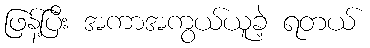
ဖြန့်ပြီး အကာအကွယ်ယူခဲ့ ရတယ်